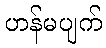
ဟန်မပျက်